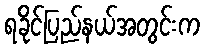
ရခိုင်ပြည်နယ်အတွင်းက